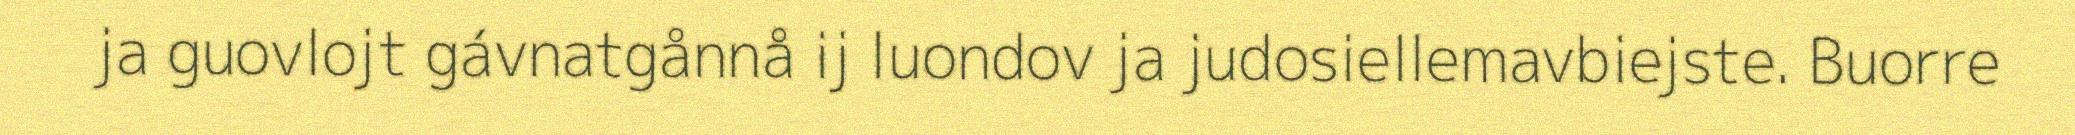
ja guovlojt gávnatgånnå ij luondov ja judosiellemavbiejste. Buorre